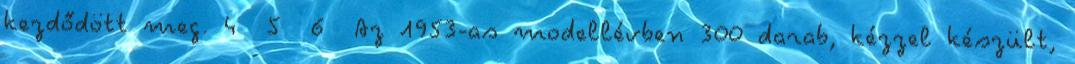
kezdődött meg. 4 5 6 Az 1953-as modellévben 300 darab, kézzel készült,